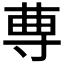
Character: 𡬭